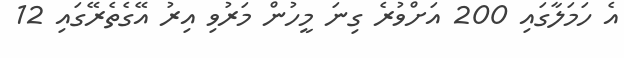
އެ ހަމަލާގައި 200 އަށްވުރެ ގިނަ މީހުން މަރުވި އިރު އޭގެތެރޭގައި 12